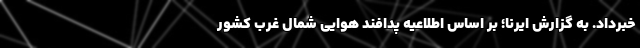
خبرداد. به گزارش ایرنا؛ بر اساس اطلاعیه پدافند هوایی شمال غرب کشور